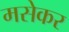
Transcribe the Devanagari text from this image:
मसेकर